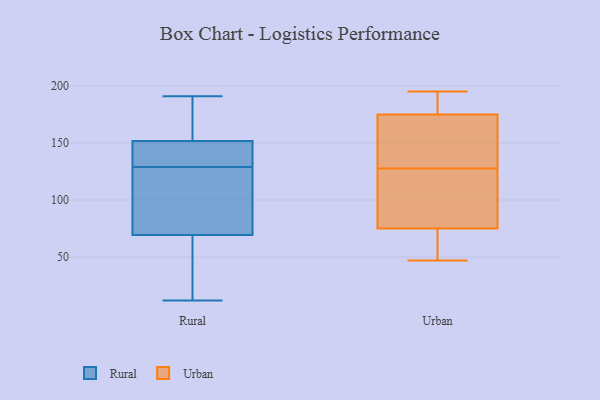
{"axis": {"x": "Demand Index", "y": "Value"}, "legend": ["Rural", "Urban"], "data": [{"x": "", "y": 43, "type": "Rural"}, {"x": "", "y": 12, "type": "Rural"}, {"x": "", "y": 124, "type": "Rural"}, {"x": "", "y": 157, "type": "Rural"}, {"x": "", "y": 129, "type": "Rural"}, {"x": "", "y": 95, "type": "Rural"}, {"x": "", "y": 28, "type": "Rural"}, {"x": "", "y": 138, "type": "Rural"}, {"x": "", "y": 145, "type": "Rural"}, {"x": "", "y": 78, "type": "Rural"}, {"x": "", "y": 173, "type": "Rural"}, {"x": "", "y": 191, "type": "Rural"}, {"x": "", "y": 150, "type": "Rural"}, {"x": "", "y": 154, "type": "Urban"}, {"x": "", "y": 84, "type": "Urban"}, {"x": "", "y": 48, "type": "Urban"}, {"x": "", "y": 166, "type": "Urban"}, {"x": "", "y": 184, "type": "Urban"}, {"x": "", "y": 73, "type": "Urban"}, {"x": "", "y": 165, "type": "Urban"}, {"x": "", "y": 101, "type": "Urban"}, {"x": "", "y": 195, "type": "Urban"}, {"x": "", "y": 90, "type": "Urban"}, {"x": "", "y": 175, "type": "Urban"}, {"x": "", "y": 47, "type": "Urban"}, {"x": "", "y": 75, "type": "Urban"}, {"x": "", "y": 184, "type": "Urban"}]}